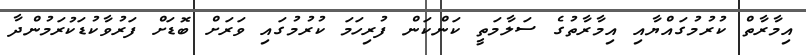
އިމާރާތް ކުރުމުގައްޔާއި އިމާރާތުގެ ސަލާމަތީ ކަންކަން ފުރިހަމަ ކުރުމުގައި ވަރަށް ބޮޑަށް ފަރުވާކުޑަކުރަމުންދާ